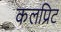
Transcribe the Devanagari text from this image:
कलप्रिट